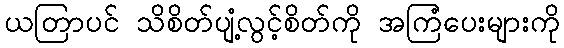
ယတြာပင် သိစိတ်ပျံ့လွင့်စိတ်ကို အကြံပေးများကို